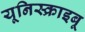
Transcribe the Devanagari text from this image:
यूनिस्क्राइबू